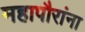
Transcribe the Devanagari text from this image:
महापौरांना